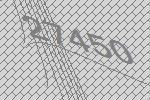
27450